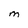
Character: M